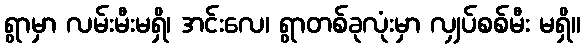
ရွာမှာ လမ်းမီးမရှိ၊ အင်းလေ၊ ရွာတစ်ခုလုံးမှာ လျှပ်စစ်မီး မရှိ။